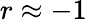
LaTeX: r\approx-1